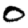
Digit: 0